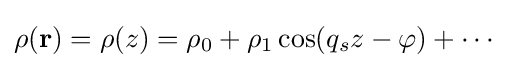
\rho (\mathbf {r} )=\rho (z)=\rho _{0}+\rho _{1}\cos(q_{s}z-\varphi )+\cdots